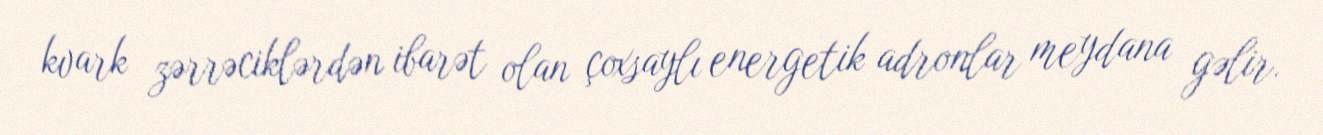
kvark zərrəciklərdən ibarət olan çoxsaylı energetik adronlar meydana gəlir.